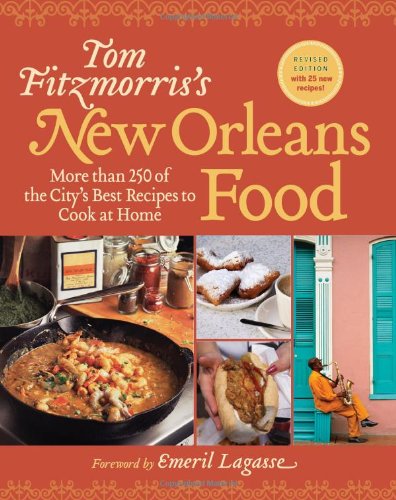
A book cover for Tom Fitzmorris's New Orleans Food (Revised Edition): More Than 250 of the City's Best Recipes to Cook at Home; Tom Fitzmorris; Cookbooks, Food & Wine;